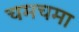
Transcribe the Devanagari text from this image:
चमचमा